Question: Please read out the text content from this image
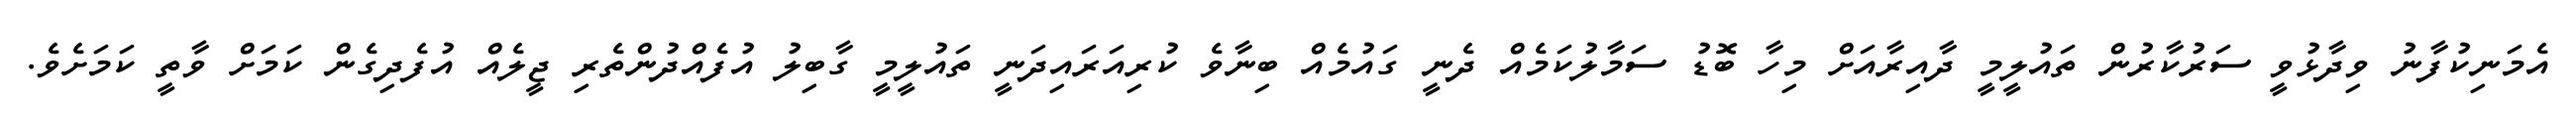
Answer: އެމަނިކުފާނު ވިދާޅުވީ ސަރުކާރުން ތައުލީމީ ދާއިރާއަށް މިހާ ބޮޑު ސަމާލުކަމެއް ދެނީ ގައުމެއް ބިނާވެ ކުރިއަރައިދަނީ ތައުލީމީ ގާބިލު އުފެއްދުންތެރި ޖީލެއް އުފެދިގެން ކަމަށް ވާތީ ކަމަށެވެ.